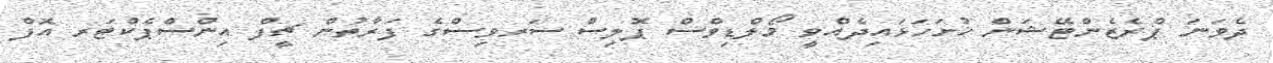
ދެވަނަ ޕްރެޒެންޓޭޝަން ހުށަހަޅައިދެއްވީ މޯލްޑިވްސް ޕޮލިސް ސަރވިސްގެ ފަރާތުން ޗީފް އިންސްޕެކްޓަރ އޮފް